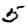
Digit: 5